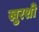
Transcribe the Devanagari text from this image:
खुरशी